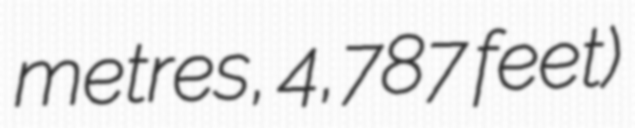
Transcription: metres, 4,787 feet)